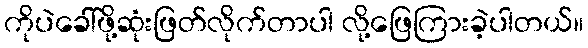
ကိုပဲခေါ်ဖို့ဆုံးဖြတ်လိုက်တာပါ လို့ဖြေကြားခဲ့ပါတယ်။